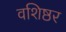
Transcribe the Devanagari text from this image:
वशिष्ठर